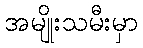
အမျိုးသမီးမှာ